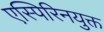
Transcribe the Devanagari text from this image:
एस्पिरिनयुक्त